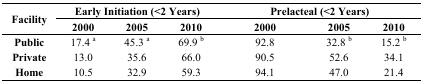
<table><thead><tr><td rowspan="2"><b>Facility</b></td><td colspan="3"><b>Early Initiation (&lt;2 Years)</b></td><td colspan="3"><b>Prelacteal (&lt;2 Years)</b></td></tr><tr><td><b>2000</b></td><td><b>2005</b></td><td><b>2010</b></td><td><b>2000</b></td><td><b>2005</b></td><td><b>2010</b></td></tr></thead><tbody><tr><td><b>Public</b></td><td>17.4 <sup>a</sup></td><td>45.3 <sup>a</sup></td><td>69.9 <sup>b</sup></td><td>92.8</td><td>32.8 <sup>b</sup></td><td>15.2 <sup>b</sup></td></tr><tr><td><b>Private</b></td><td>13.0</td><td>35.6</td><td>66.0</td><td>90.5</td><td>52.6</td><td>34.1</td></tr><tr><td><b>Home</b></td><td>10.5</td><td>32.9</td><td>59.3</td><td>94.1</td><td>47.0</td><td>21.4</td></tr></tbody></table>